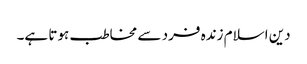
دین اسلام زندہ فرد سے مخاطب ہوتا ہے۔